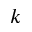
k